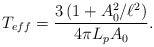
\begin{align*}T_{eff}=\frac{3\left(1+A_0^2/\ell^2\right)}{4\pi L_pA_0}.\end{align*}